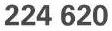
224 620